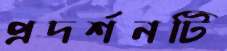
প্রদর্শনটি